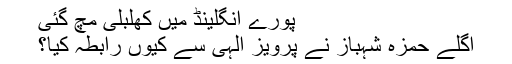
پورے انگلینڈ میں کھلبلی مچ گئی
اگلے حمزہ شہباز نے پرویز الہیٰ سے کیوں رابطہ کیا؟